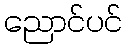
ညောင်ပင်